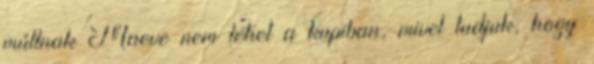
múltnak Maeve nem lehet a kupiban, mivel tudjuk, hogy